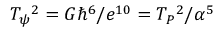
T _ { \psi } { } ^ { 2 } = G \hbar ^ { 6 } / e ^ { 1 0 } = T _ { P } { } ^ { 2 } / \alpha ^ { 5 }